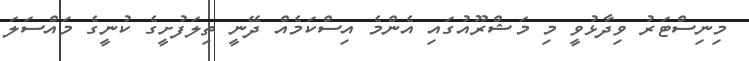
މިނިސްޓަރު ވިދާޅުވީ މި މަޝްރޫއުގައި އެންމެ އިސްކަމެއް ދޭނީ ތިލަފުށީގެ ކުނީގެ މައްސަލަ